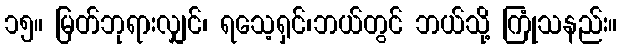
၁၅။ မြတ်ဘုရားလျှင်၊ ရသေ့ရှင်၊ဘယ်တွင် ဘယ်သို့ ကြုံသနည်း။